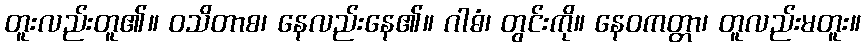
တူးလည်းတူ၏။ ဝသိတာစ၊ နေလည်းနေ၏။ ဂါဓံ၊ တွင်းကို။ နေဝကတ္တာ၊ တူလည်းမတူး။